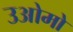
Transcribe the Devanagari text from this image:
उओमो